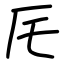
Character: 厇